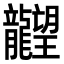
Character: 𪚤